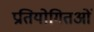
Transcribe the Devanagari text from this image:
प्रतियोगितओं